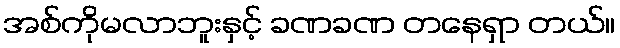
အစ်ကိုမလာဘူးနှင့် ခဏခဏ တနေရှာ တယ်။